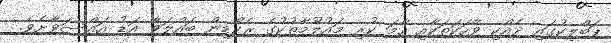
ޕަބްލިކުގައި ދެއްކި ވާހަކަތަަކާއި ހާމަ ކުރި މައުލޫމާތުކުގެ ރެކޯޑިން ބައްލަވާ އަޑު އައްސަވާށެވެ.